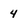
Character: 4